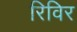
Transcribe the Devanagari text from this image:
रिविर